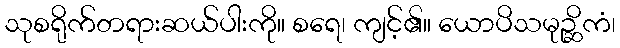
သုစရိုက်တရားဆယ်ပါးကို။ စရေ၊ ကျင့်၏။ ယောပိသမုဉ္ဆိကံ၊